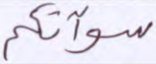
سوآتكم